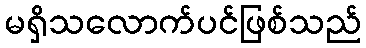
မရှိသလောက်ပင်ဖြစ်သည်